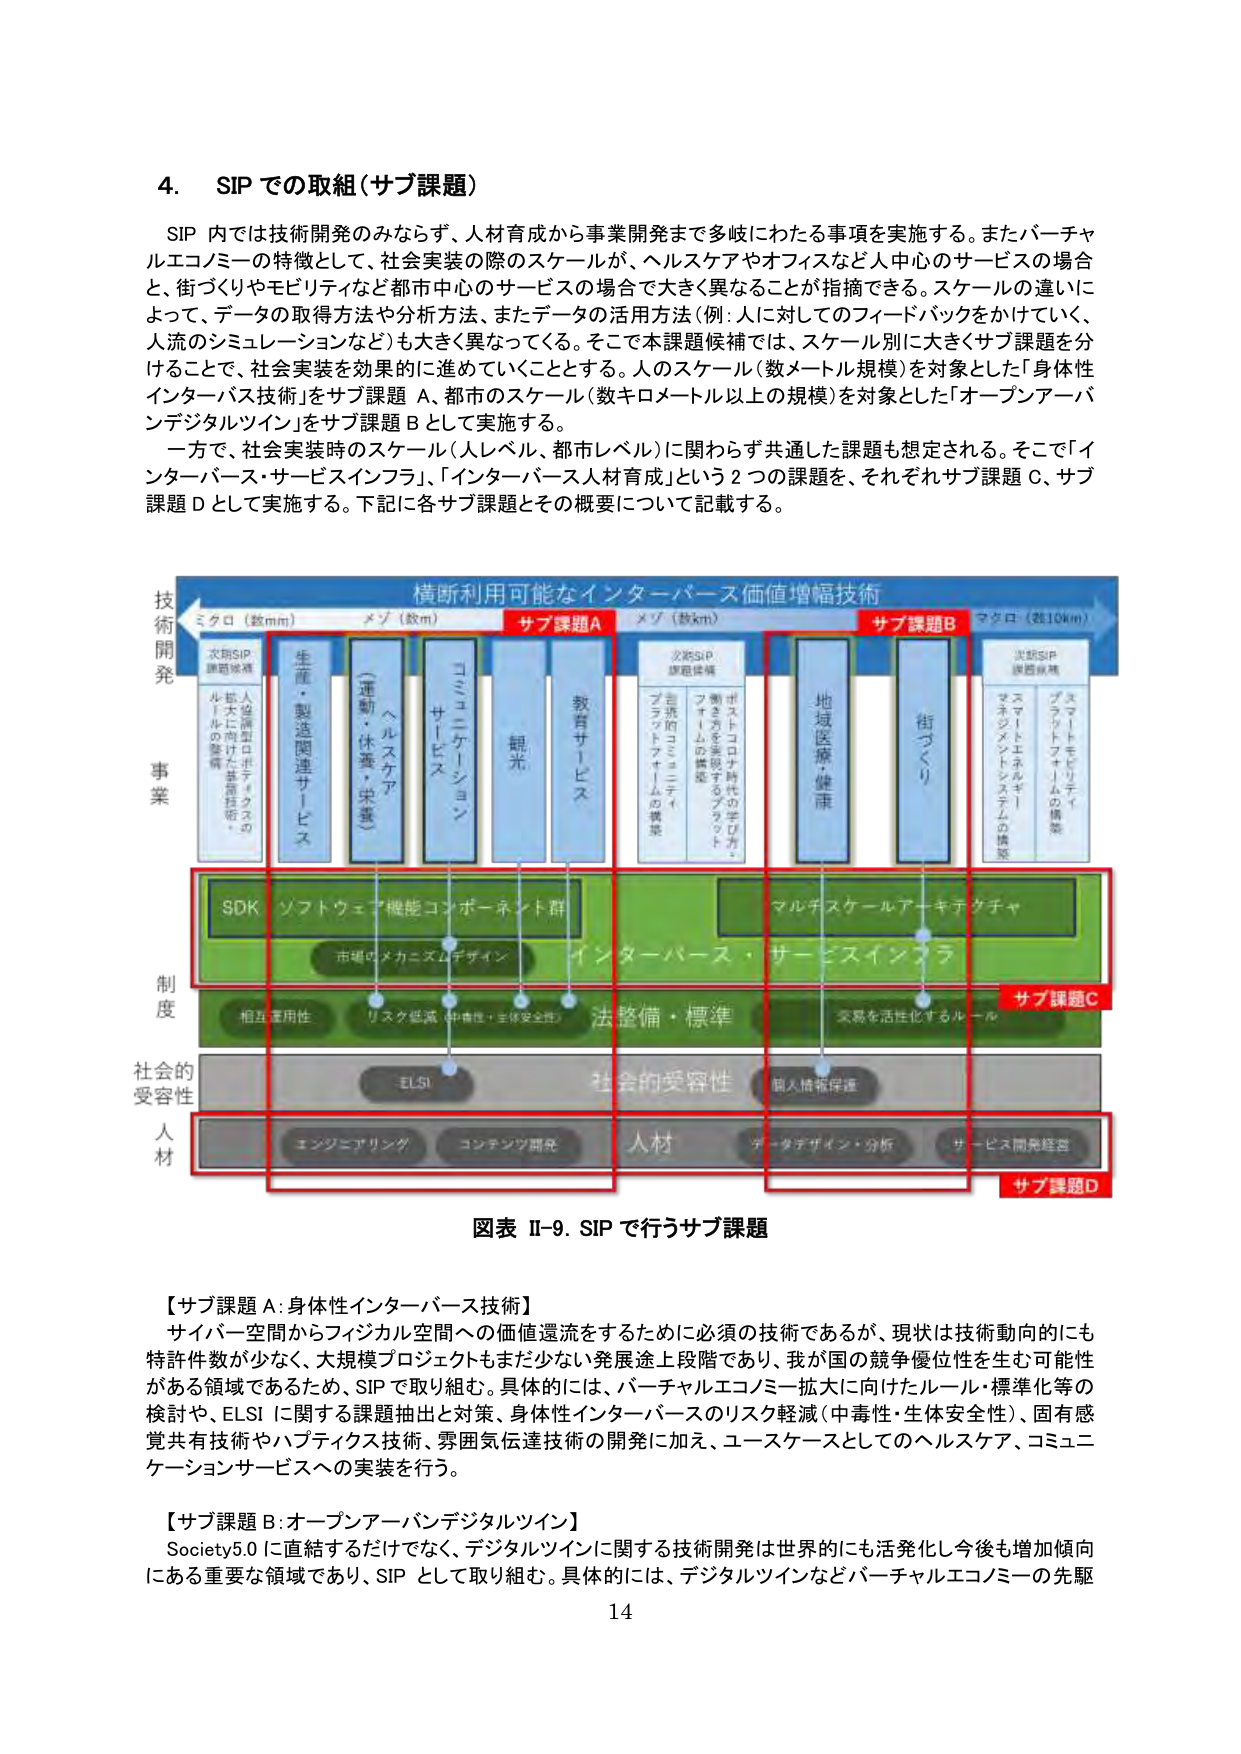
4. SIP での取組（サブ課題）

SIP 内では技術開発のみならず、人材育成から事業開発まで多岐にわたる事項を実施する。またバーチャルエコノミーの特徴として、社会実装の際のスケールが、ヘルスケアやオフィスなど人中心のサービスの場合と、街づくりやモビリティなど都市中心のサービスの場合で大きく異なることが指摘できる。スケールの違いによって、データの取得方法や分析方法、またデータの活用方法（例：人に対してのフィードバックをかけていく、人流のシミュレーションなど）も大きく異なってくる。そこで本課題候補では、スケール別に大きくサブ課題を分けることで、社会実装を効果的に進めていくこととする。人のスケール（数メートル規模）を対象とした「身体性インターバース技術」をサブ課題 A、都市のスケール（数キロメートル以上の規模）を対象とした「オープンアーバンデジタルツイン」をサブ課題 B として実施する。

一方で、社会実装時のスケール（人レベル、都市レベル）に関わらず共通した課題も想定される。そこで「インターバース・サービスインフラ」、「インターバース人材育成」という2つの課題を、それぞれサブ課題 C、サブ課題 D として実施する。下記に各サブ課題とその概要について記載する。

横断利用可能なインターバース価値増幅技術

技術開発
ミクロ（数mm） メゾ（数m） サブ課題A メゾ（数km） サブ課題B マクロ（数10km）

次期SIP 課題候補
人間中心ロボティクスの 小さなスケールの実装
生産・製造関連サービス
（運転・休養・栄養）
ヘルスケア
コミュニケーション
サービス
観光
教育サービス

次期SIP 課題候補
プラットフォームの構築
自動運転コネクティビティ
ポストコロナ時代の学び： フィジカルとデジタルの融合
地域医療・健康
街づくり

次期SIP 課題候補
スマートコミュニティ
スマートエコシステムの構築
スマートモビリティ
プラットフォームの構築

事業

SDK ソフトウェア機能コンポーネント群
市場のメカニズムデザイン
インターバース・サービスインフラ
マルチスケールアーキテクチャ

制度
相互運用性
リスク軽減（中毒性・生体安全性）
法整備・標準
実装を活性化するルール

社会的受容性
ELSI
社会的受容性
個人情報保護

人材
エンジニアリング
コンテンツ開発
人材
データデザイン・分析
サービス開発経営

サブ課題C
サブ課題D

図表 II-9. SIP で行うサブ課題

【サブ課題 A：身体性インターバース技術】
サイバー空間からフィジカル空間への価値還流をするために必須の技術であるが、現状は技術動向的にも特許件数が少なく、大規模プロジェクトもまだ少ない発展途上段階であり、我が国の競争優位性を生む可能性がある領域であるため、SIP で取り組む。具体的には、バーチャルエコノミー拡大に向けたルール・標準化等の検討や、ELSI に関する課題抽出と対策、身体性インターバースのリスク軽減（中毒性・生体安全性）、固有感覚共有技術やハプティクス技術、雰囲気伝達技術の開発に加え、ユースケースとしてのヘルスケア、コミュニケーションサービスへの実装を行う。

【サブ課題 B：オープンアーバンデジタルツイン】
Society5.0 に直結するだけでなく、デジタルツインに関する技術開発は世界的にも活発化し今後も増加傾向にある重要な領域であり、SIP として取り組む。具体的には、デジタルツインなどバーチャルエコノミーの先駆

14